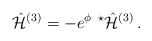
\begin{align*}\hat{\cal H}^{(3)} =-e^{\phi}\ {}^{\star}\hat{\cal H}^{(3)}\, .\end{align*}